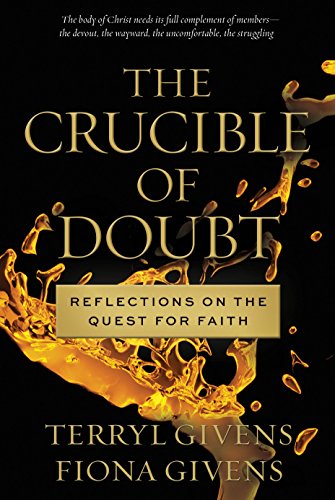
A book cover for The Crucible of Doubt: Reflections On the Quest for Faith; Terryl Givens; Christian Books & Bibles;